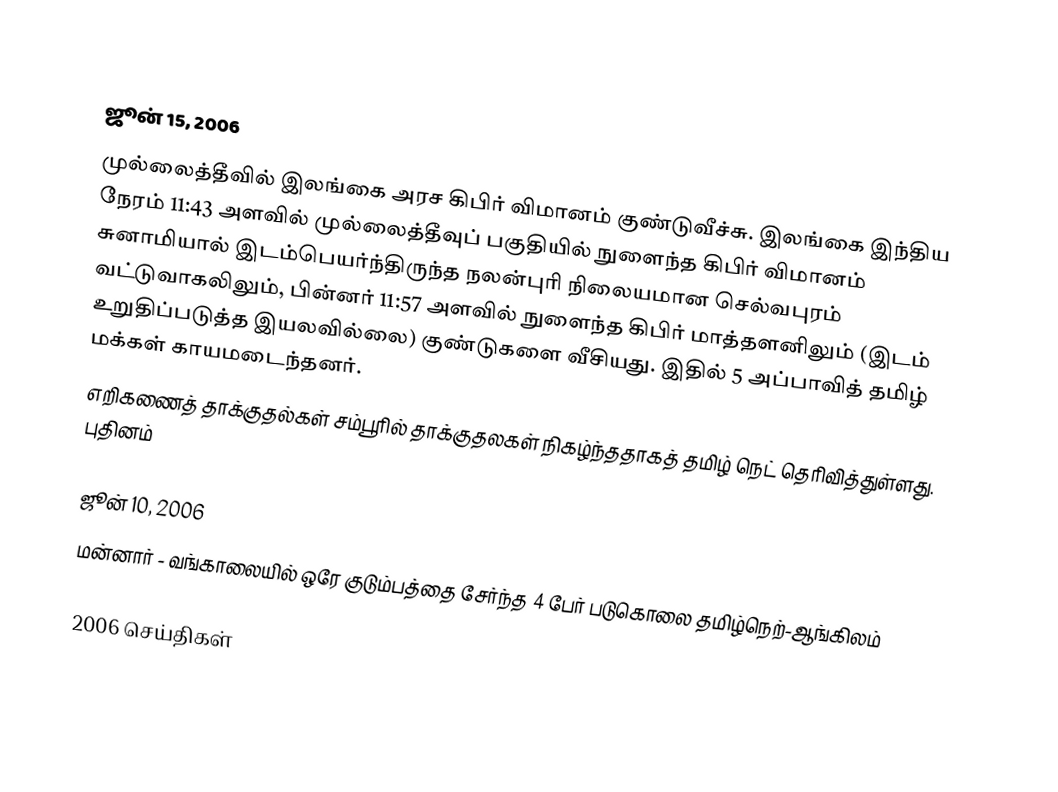

ஜூன் 15, 2006
முல்லைத்தீவில் இலங்கை அரச கிபிர் விமானம் குண்டுவீச்சு.  இலங்கை இந்திய நேரம் 11:43 அளவில் முல்லைத்தீவுப் பகுதியில் நுளைந்த கிபிர் விமானம் சுனாமியால் இடம்பெயர்ந்திருந்த நலன்புரி நிலையமான செல்வபுரம் வட்டுவாகலிலும், பின்னர் 11:57 அளவில் நுளைந்த கிபிர் மாத்தளனிலும் (இடம் உறுதிப்படுத்த இயலவில்லை) குண்டுகளை வீசியது. இதில் 5 அப்பாவித் தமிழ் மக்கள் காயமடைந்தனர்.
 எறிகணைத் தாக்குதல்கள் சம்பூரில் தாக்குதலகள் நிகழ்ந்ததாகத் தமிழ் நெட் தெரிவித்துள்ளது. புதினம்

ஜூன் 10, 2006
 மன்னார் - வங்காலையில் ஒரே குடும்பத்தை சேர்ந்த 4 பேர் படுகொலை தமிழ்நெற்-ஆங்கிலம்

2006 செய்திகள்